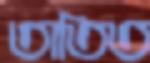
তাতিত